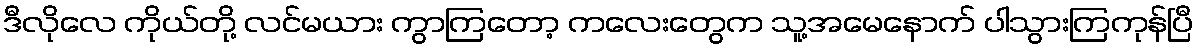
ဒီလိုလေ ကိုယ်တို့ လင်မယား ကွာကြတော့ ကလေးတွေက သူ့အမေနောက် ပါသွားကြကုန်ပြီ